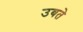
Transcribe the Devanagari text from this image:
उबते